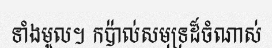
ទាំងមូល។ កប៉ាល់សមុទ្រដ៏ចំណាស់